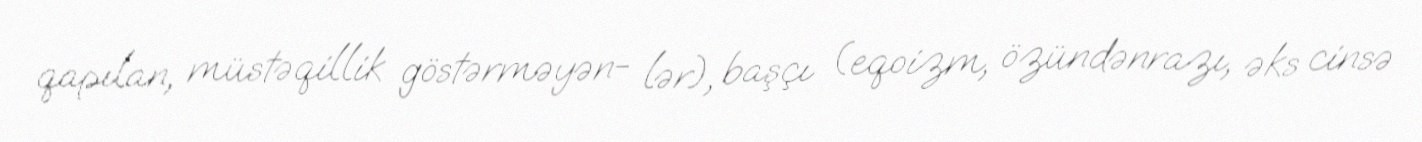
qapılan, müstəqillik göstərməyən- lər), başçı (eqoizm, özündənrazı, əks cinsə